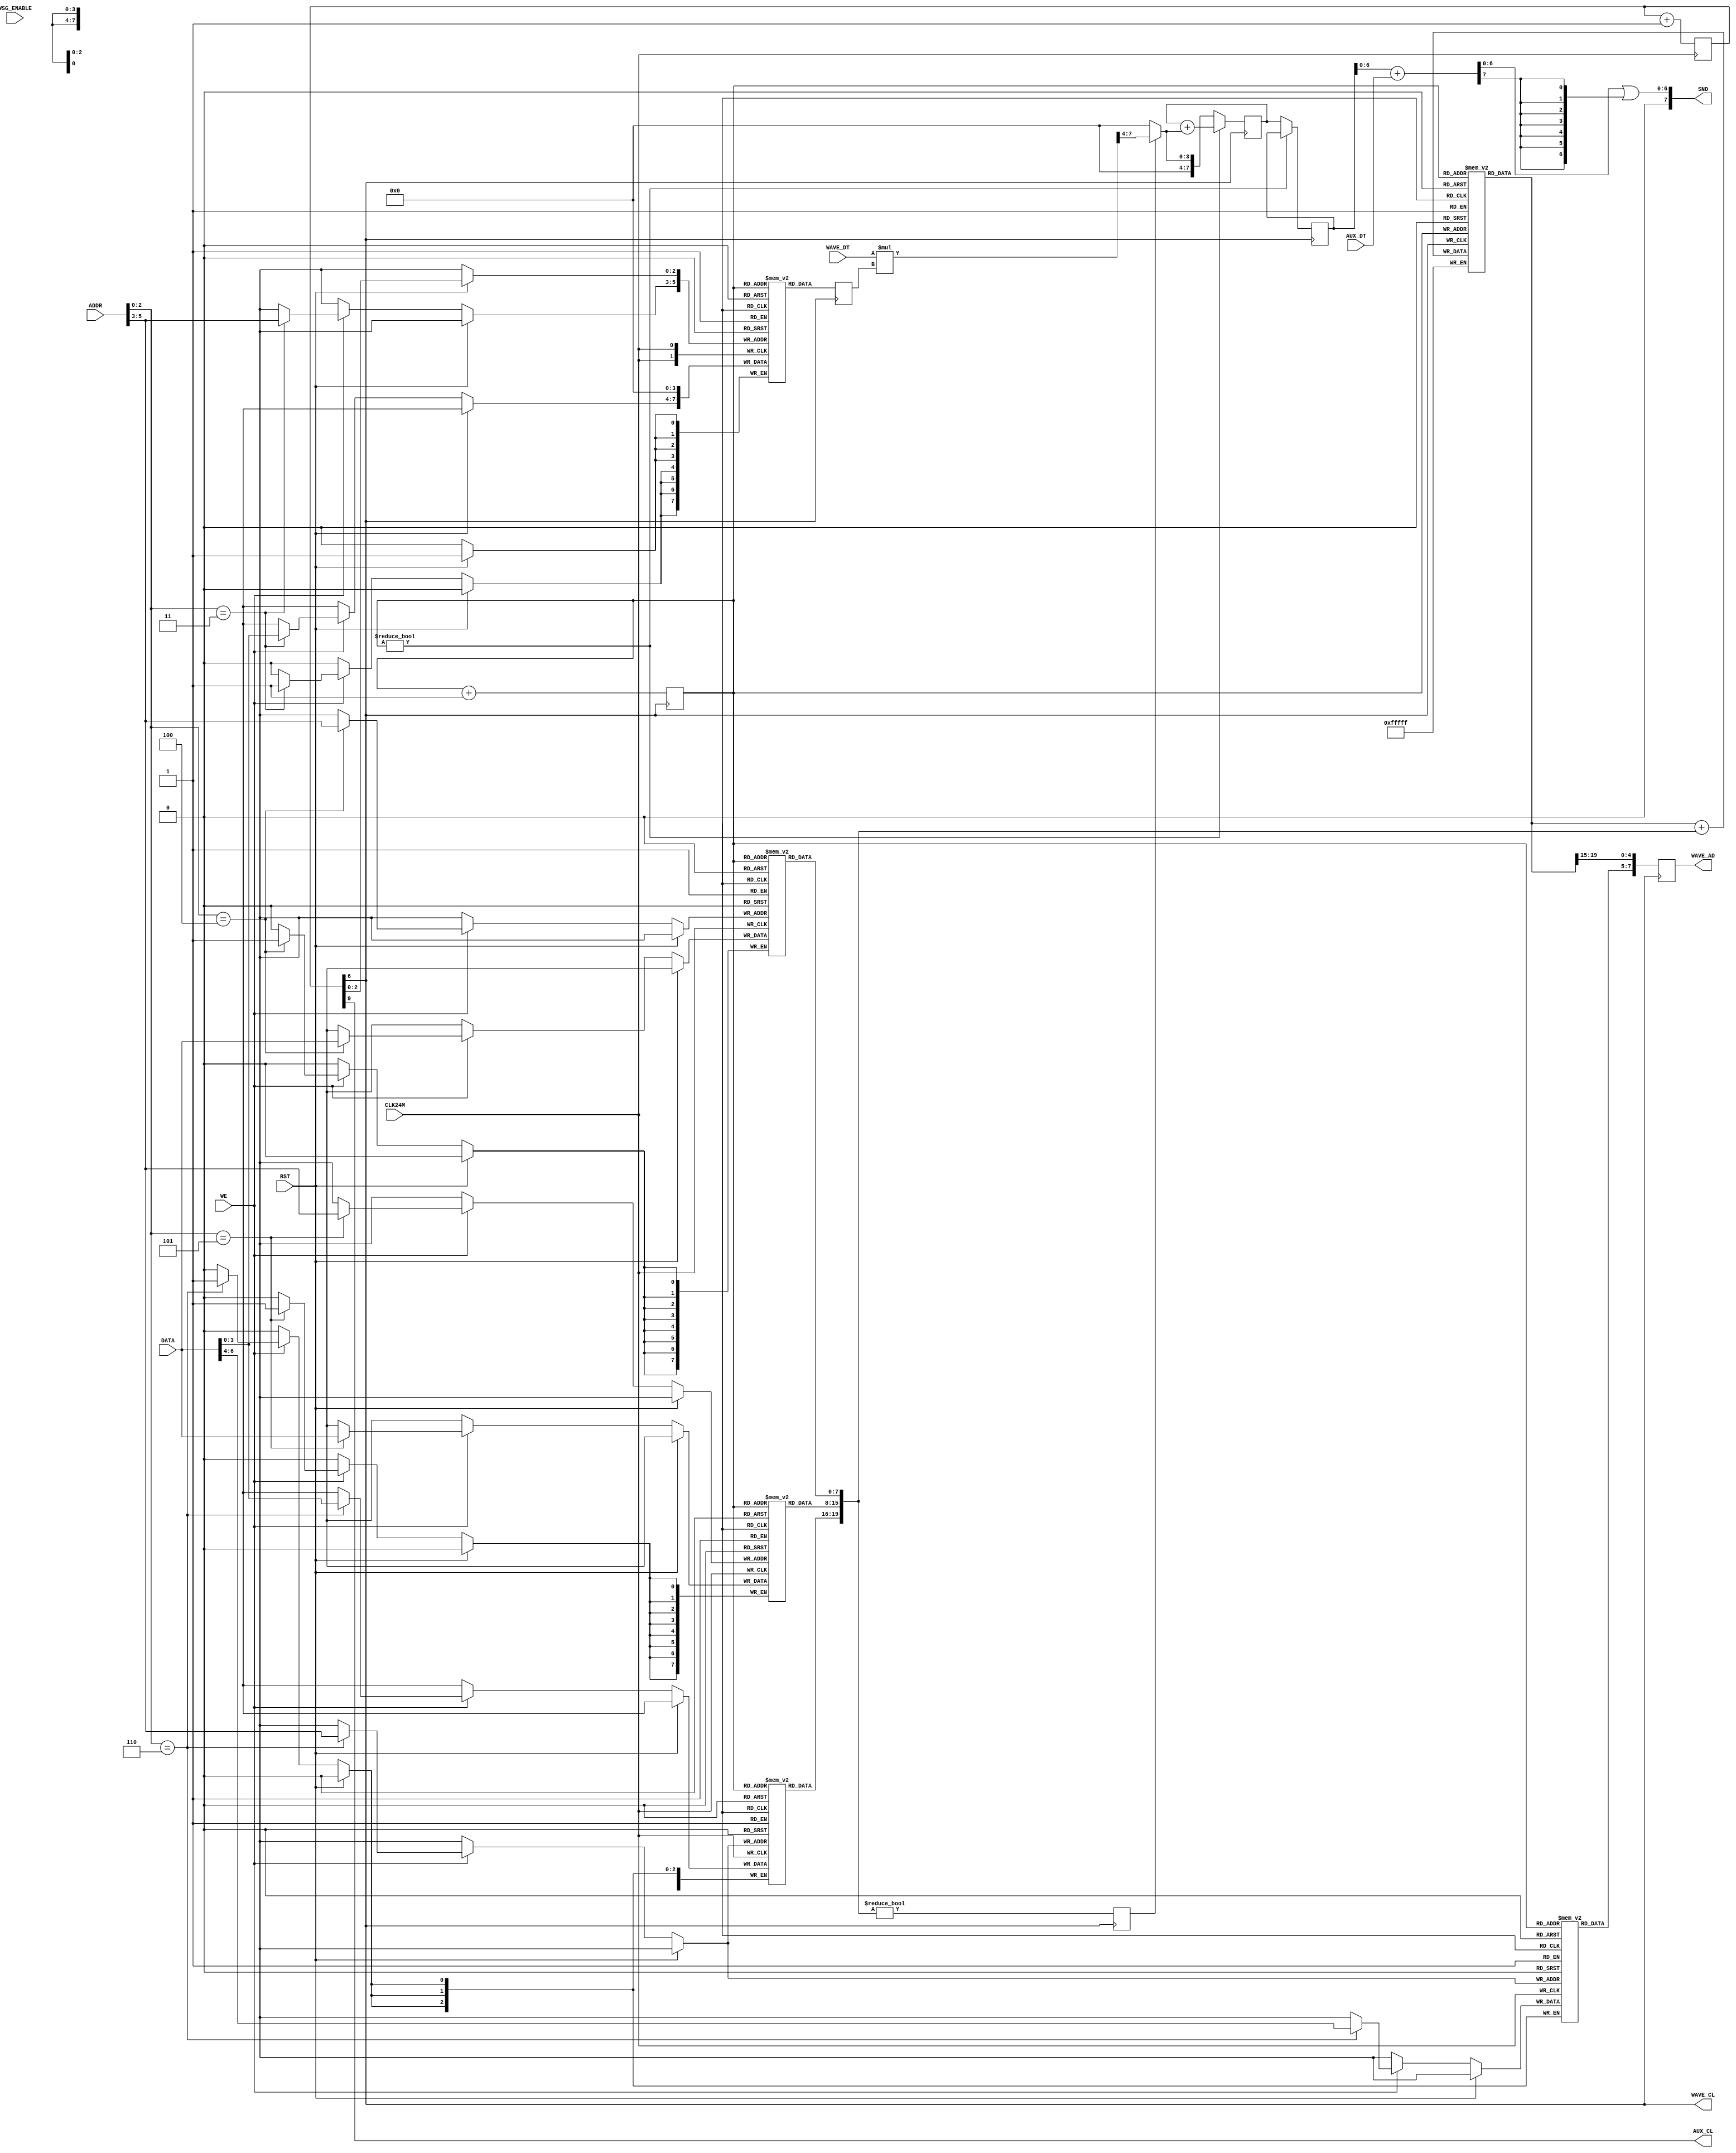
/*************************************************
   Wave-base Sound Generator (8CH) with AUX-in

					Copyright (c) 2007,2019 MiSTer-X
**************************************************/
module WSG_8CH_AUX
(
	CLK24M,
	RST,
	
	ADDR,
	DATA,
	WE,

	WAVE_CL,
	WAVE_AD,
	WAVE_DT,

	AUX_CL,
	AUX_DT,

	WSG_ENABLE,

	SND
);

input			 CLK24M;
input			 RST;

input	 [5:0] ADDR;
input  [7:0] DATA;
input			 WE;

output		 WAVE_CL;
output [7:0] WAVE_AD;
input	 [3:0] WAVE_DT;

output		 AUX_CL;
input  [7:0] AUX_DT;

input			 WSG_ENABLE;

output [7:0] SND;


//-------------------------------------------
//  Clock Generator & Ctrl Registers
//-------------------------------------------
reg	[9:0] clk24k_cnt = 0;

wire  CLK_WSGx8  = clk24k_cnt[6];	// 24KHz*8
wire	CLK_WSG    = clk24k_cnt[9];	// 24KHz

reg	 [7:0] fl [0:7];
reg	 [7:0] fm [0:7];
reg	 [3:0] fh [0:7];
reg	 [2:0] fv [0:7];
reg	 [3:0]  v [0:7];

wire	 [2:0] ra = ADDR[5:3];
wire	 [2:0] rc = clk24k_cnt[2:0];

always @( posedge CLK24M ) begin
	if ( RST ) begin
		v[rc] <= 0;
	end
	else if ( WE ) begin
		case ( ADDR[2:0] )
		3'h3:  v[ra] <= DATA[3:0];
		3'h4: fl[ra] <= DATA;
		3'h5: fm[ra] <= DATA;
		3'h6: begin
				fh[ra] <= DATA[3:0];
				fv[ra] <= DATA[6:4];
				end
		default: begin end
		endcase
	end
	clk24k_cnt <= clk24k_cnt + 1;
end

//-------------------------------------------
//  WSG core (8ch)
//-------------------------------------------
reg	[2:0]	phase = 0;

reg	[7:0] o, ot;
reg  [19:0] c [0:7];
reg   [7:0] wa;
reg   [3:0] wm;
reg			en;

wire [19:0] fq = { fh[phase], fm[phase], fl[phase] };
wire  [7:0] va = WAVE_DT * wm;

wire [19:0] cx = c[phase];

assign WAVE_CL = CLK_WSGx8;
assign WAVE_AD = wa;

always @ ( negedge CLK_WSGx8 ) begin
	if ( phase ) begin
		ot <= ot + (en ? { 4'h0, va[7:4] } : 8'h0);
	end else begin
		o  <= ot;
		ot <= en ? { 4'h0, va[7:4] } : 8'h0;
	end
	c[phase] <= cx + fq;
	en       <= (fq!=0);
	wm       <= v[phase];
	wa       <= { fv[phase], cx[19:15] };
	phase    <= phase + 1;
end

wire [7:0] _o = o[6:0] + AUX_DT;
wire [7:0] wsgmix = ( _o[6:0] | {7{_o[7]}} );

assign AUX_CL = CLK_WSG;
assign SND = wsgmix;

endmodule